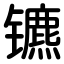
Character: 镳